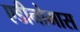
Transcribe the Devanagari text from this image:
एडीनोमास